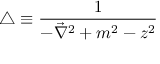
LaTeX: \triangle \equiv \frac { 1 } { - \vec { \nabla } ^ { 2 } + m ^ { 2 } - z ^ { 2 } }